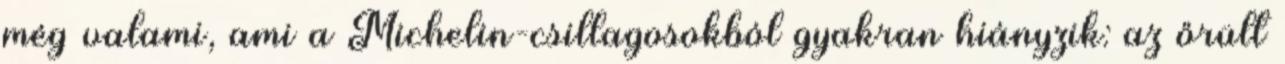
még valami, ami a Michelin-csillagosokból gyakran hiányzik: az őrült